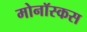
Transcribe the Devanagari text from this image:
मोनॉस्कस